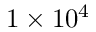
1 \times 1 0 ^ { 4 }